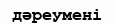
дәреумені